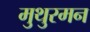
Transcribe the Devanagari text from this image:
मुथुरमन